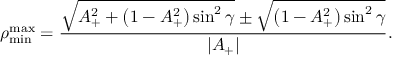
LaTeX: \rho _ { \mathrm { m i n } } ^ { \mathrm { m a x } } = \frac { \sqrt { A _ { + } ^ { 2 } + \left( 1 - A _ { + } ^ { 2 } \right) \sin ^ { 2 } \gamma } \pm \sqrt { \left( 1 - A _ { + } ^ { 2 } \right) \sin ^ { 2 } \gamma } } { | A _ { + } | } .